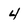
Character: 4